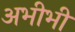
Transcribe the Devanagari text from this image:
अभीभी